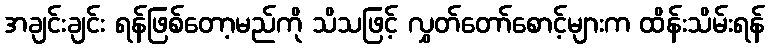
အချင်းချင်း ရန်ဖြစ်တော့မည်ကို သိသဖြင့် လွှတ်တော်စောင့်များက ထိန်းသိမ်းရန်